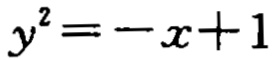
$y^{2}=-x + 1$